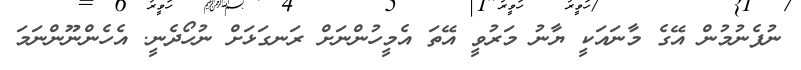
ނުފެނުމުން އޭގެ މާނައަކީ ޔާނު މަރުވީ އޭތަ އެމީހުންނަށް ރަނގަޅަށް ނުހޯދެނީ. އެހެންނޫންނަމަ